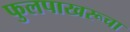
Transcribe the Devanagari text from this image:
फुलपाखरूचा